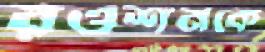
রওশনকে